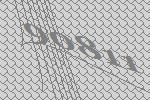
90811